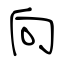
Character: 向